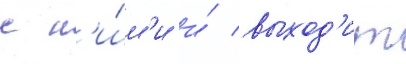
с н'и́м'и и́ выход'ит